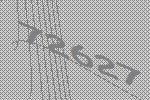
72627